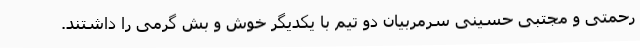
رحمتی و مجتبی حسینی سرمربیان دو تیم با یکدیگر خوش و بش گرمی را داشتند.